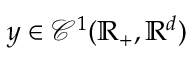
y \in \mathcal { C } ^ { 1 } ( \mathbb { R } _ { + } , \mathbb { R } ^ { d } )